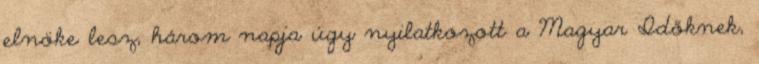
elnöke lesz, három napja úgy nyilatkozott a Magyar Időknek,